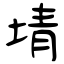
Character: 埥